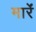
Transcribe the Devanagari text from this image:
मारेंं